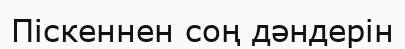
Піскеннен соң дәндерін